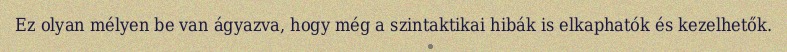
Ez olyan mélyen be van ágyazva, hogy még a szintaktikai hibák is elkaphatók és kezelhetők.